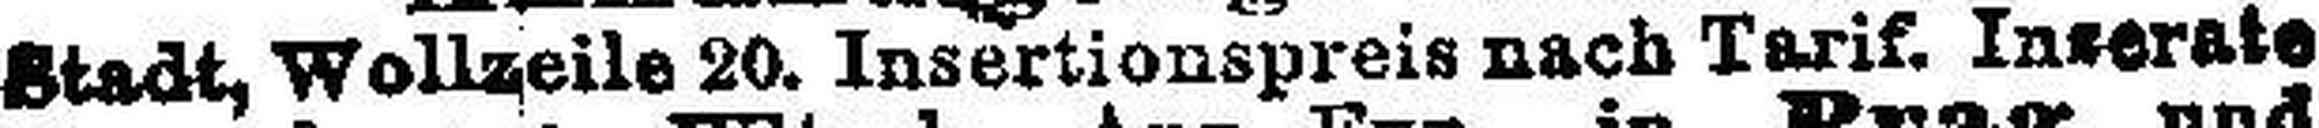
Stadt, Wollzeile 20. Insertionspreis nach Tarif. Inserate